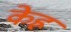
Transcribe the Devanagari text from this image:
केह्र